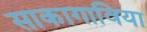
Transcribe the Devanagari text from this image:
साकागाविया